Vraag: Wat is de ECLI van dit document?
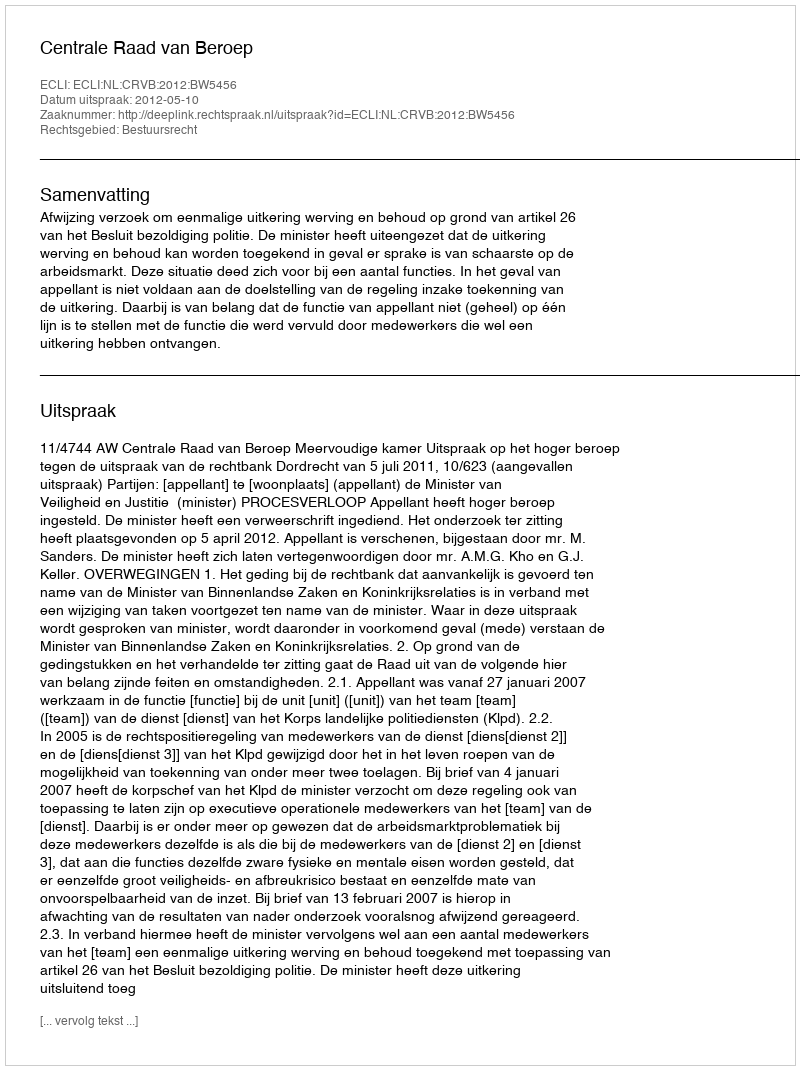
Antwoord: ECLI:NL:CRVB:2012:BW5456